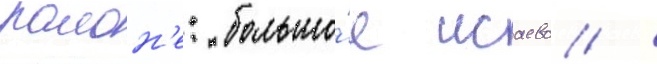
раион'е: большо́е исаево /